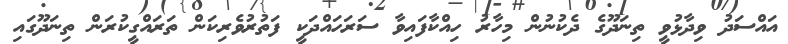
އައްސަދު ވިދާޅުވީ ތިނަދޫގެ ދެކުނުން މިހާރު ހިއްކާފައިވާ ސަރަހައްދަކީ ފަތުރުވެރިކަން ތަރައްގީކުރަން ތިނަދޫގައި